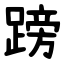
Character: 䠙